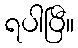
ရပါပြီ။